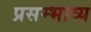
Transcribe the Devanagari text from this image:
प्रसम्भाव्य